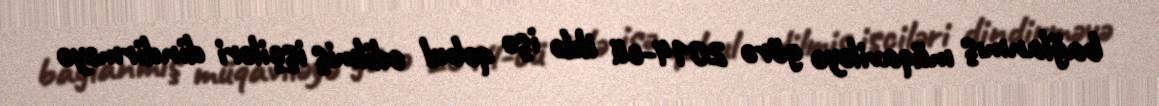
bağlanmış müqaviləyə görə 2014-cü ildə işə qəbul edilmiş işçiləri dindirməyə